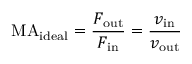
\mathrm { M A } _ { \mathrm { i d e a l } } = { \frac { F _ { \mathrm { o u t } } } { F _ { \mathrm { i n } } } } = { \frac { v _ { \mathrm { i n } } } { v _ { \mathrm { o u t } } } }